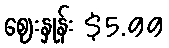
ဈေးနှုန်း $5.99